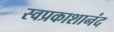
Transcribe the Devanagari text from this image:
स्वप्रकाशानंद